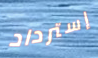
إسترداد